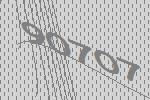
90707